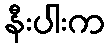
နီးပါးက